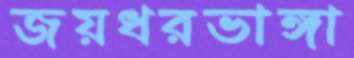
জয়ধরভাঙ্গা